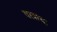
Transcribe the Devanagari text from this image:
वरदाचा